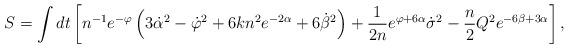
LaTeX: \begin{align*}S=\int dt \left[ n^{-1}e^{-\varphi} \left( 3\dot{\alpha}^2 -\dot{\varphi}^2 +6k n^2 e^{-2\alpha} +6\dot{\beta}^2 \right) +\frac{1}{2n}e^{\varphi+ 6\alpha} \dot{\sigma}^2 -\frac{n}{2} Q^2 e^{-6\beta +3\alpha} \right] ,\end{align*}